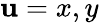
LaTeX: \mathbf{u}=x,y